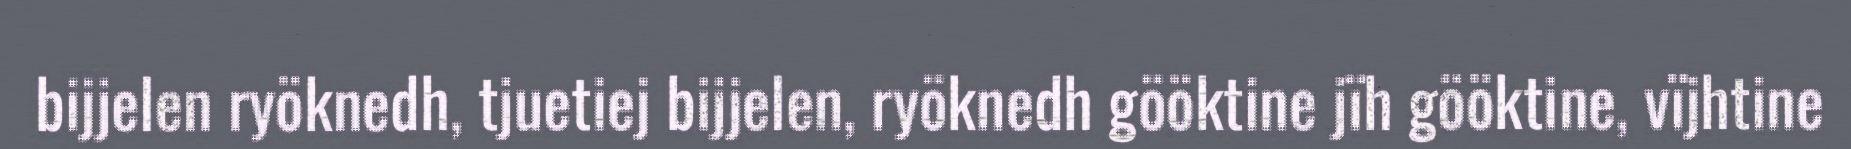
bijjelen ryöknedh, tjuetiej bijjelen, ryöknedh gööktine jïh gööktine, vïjhtine